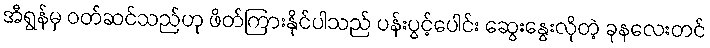
အီရွန်မှ ဝတ်ဆင်သည်ဟု ဖိတ်ကြားနိုင်ပါသည် ပန်းပွင့်ပေါင်း ဆွေးနွေးလိုတဲ့ ခုနလေးတင်